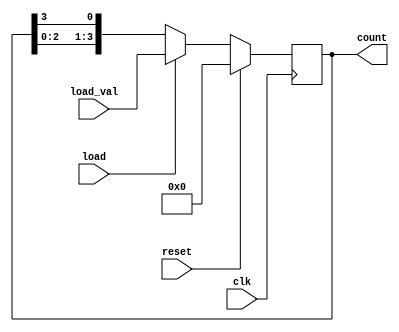
module LoadableRingCounter (
    input wire clk,             // Clock signal
    input wire reset,           // Synchronous reset signal
    input wire load,            // Load control signal
    input wire [N-1:0] load_val, // Value to load into the counter
    output reg [N-1:0] count    // Current state of the counter
);
    parameter N = 4; // Number of bits (flip-flops) in the ring counter

    always @(posedge clk) begin
        if (reset) begin
            // Reset the counter to zero
            count <= 0;
        end else if (load) begin
            // Load the specified value into the counter
            count <= load_val;
        end else begin
            // Normal operation: Shift the counter in a ring fashion
            count <= {count[N-2:0], count[N-1]}; // Shift left and wrap around
        end
    end
endmodule